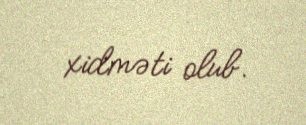
xidməti olub.